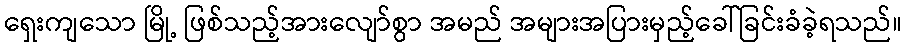
ရှေးကျသော မြို့ ဖြစ်သည့်အားလျော်စွာ အမည် အများအပြားမှည့်ခေါ်ခြင်းခံခဲ့ရသည်။